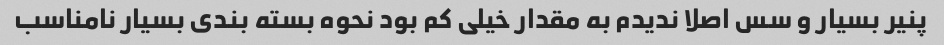
پنیر بسیار و سس اصلا ندیدم به مقدار خیلی کم بود نحوه بسته بندی بسیار نامناسب